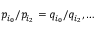
p _ { i _ { 0 } } / p _ { i _ { 2 } } = q _ { i _ { 0 } } / q _ { i _ { 2 } } , \dots